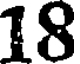
18